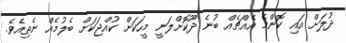
ދުލަށް އައި ކޮންމެ އެއްޗެއް ބުނެ ދޫކޮށްލަނީ މީހަކަށް ކުއްޖަކަށް ބެލުމެއް ނެތިއެވެ.